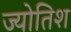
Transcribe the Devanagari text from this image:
ज्योतिश